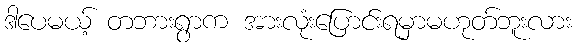
ဒါပေမယ့် တဘားရွာက အားလုံးပြောင်းရမှာမဟုတ်ဘူးလား